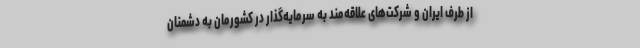
از طرف ایران و شرکت‌های علاقه‌مند به سرمایه‌گذار در کشورمان به دشمنان